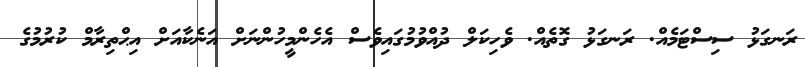
ރަނގަޅު ސިސްޓަމެއް. ރަނގަޅު ގޮތެއް. ވެހިކަލް ދުއްވުމުގައިވެސް އެހެންމީހުންނަށް އަނެކާއަށް އިޙްތިިިިިިރާމް ކުރުމުގެ